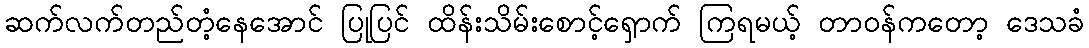
ဆက်လက်တည်တံ့နေအောင် ပြုပြင် ထိန်းသိမ်းစောင့်ရှောက် ကြရမယ့် တာဝန်ကတော့ ဒေသခံ